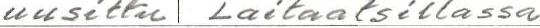
uusittu Laitaatsillassa